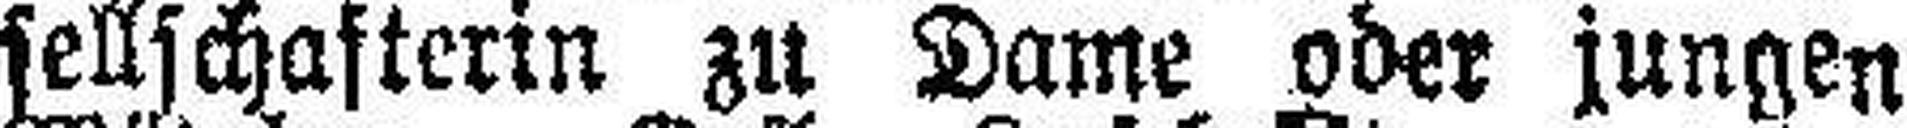
sellschafterin zu Dame oder jungen